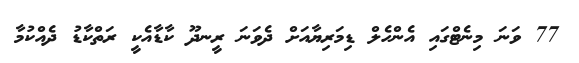
77 ވަނަ މިނެޓްގައި އެންހެލް ޑިމަރިޔާއަށް ދެވަނަ ރީނދޫ ކާޑާއެކީ ރަތްކާޑު ދެއްކުމާ